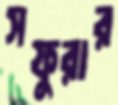
সফুরার